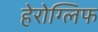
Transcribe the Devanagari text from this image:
हेरोग्लिफ